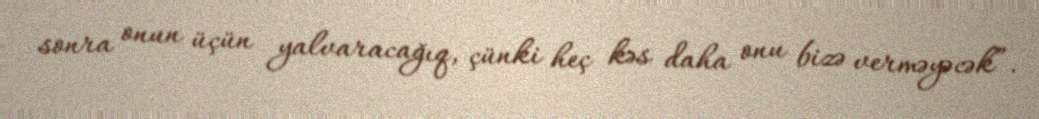
sonra onun üçün yalvaracağıq, çünki heç kəs daha onu bizə verməyəcək”.